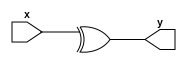
// This program was cloned from: https://github.com/scluconn/DA_PUF_Library
// License: MIT License


module xor_vec #(parameter X=2) (x,y);

	input [X-1:0] x;
	output y;
	
	assign y = ^x;
	
endmodule